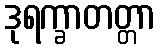
ဒုရက္ခာတတ္တာ